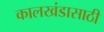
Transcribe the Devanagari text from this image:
कालखंडासाठी